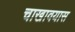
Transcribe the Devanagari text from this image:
चाखावयास